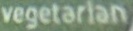
Vegetarian